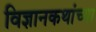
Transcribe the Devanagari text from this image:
विज्ञानकथांच्या